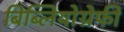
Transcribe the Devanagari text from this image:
बिब्लियोग्रेफी